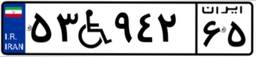
۳۹W۳۰۹۷۰